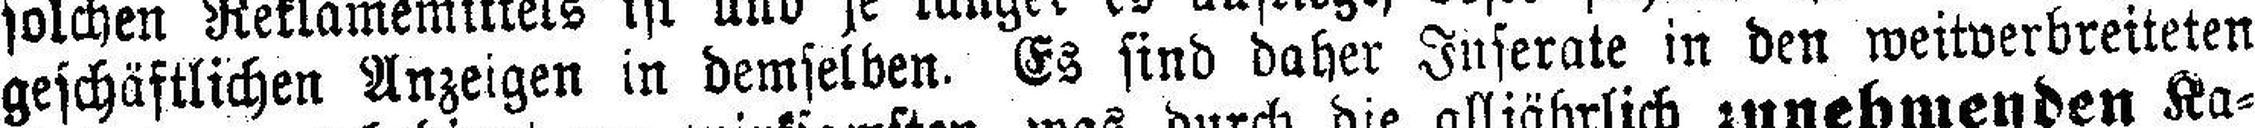
geschäftlichen Anzeigen in demselben. Es sind daher Inserate in den weitverbreiteten